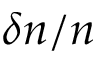
\delta n / n